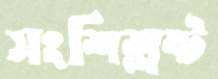
সংশিশ্লষ্ট